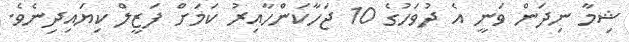
ޝިމާ ނިދަން ވަނީ އެ ދުވަހުގެ 10 ޖަހާކަންހާއިރު ކަމަށް ފަޒީލް ކިޔައިދިނެވެ.